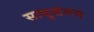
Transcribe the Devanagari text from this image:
साधुसंतच